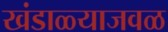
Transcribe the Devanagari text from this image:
खंडाळ्याजवळ